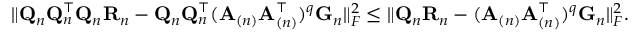
\begin{array} { r } { \| \mathbf { Q } _ { n } \mathbf { Q } _ { n } ^ { \top } \mathbf { Q } _ { n } \mathbf { R } _ { n } - \mathbf { Q } _ { n } \mathbf { Q } _ { n } ^ { \top } ( \mathbf { A } _ { ( n ) } \mathbf { A } _ { ( n ) } ^ { \top } ) ^ { q } \mathbf { G } _ { n } \| _ { F } ^ { 2 } \leq \| \mathbf { Q } _ { n } \mathbf { R } _ { n } - ( \mathbf { A } _ { ( n ) } \mathbf { A } _ { ( n ) } ^ { \top } ) ^ { q } \mathbf { G } _ { n } \| _ { F } ^ { 2 } . } \end{array}